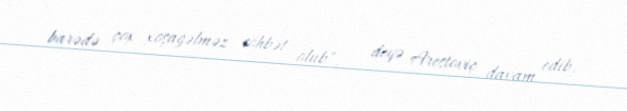
barədə çox xoşagəlməz söhbət olub", - deyə Arestoviç davam edib.